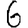
Digit: 6